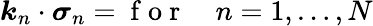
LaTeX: \boldsymbol{k}_{n}\cdot\boldsymbol{\sigma}_{n}=\mathrm{~f~o~r~}\quad n=1,\ldots,N